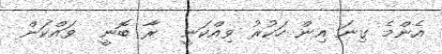
އެންމެ ގިނަ އިން ހަކުރު ވިއްކަނީ  ރާ ބޮނީ  ވައްކަން